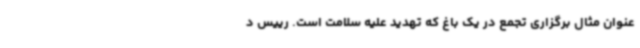
عنوان مثال برگزاری تجمع در یک باغ که تهدید علیه سلامت است. رییس د